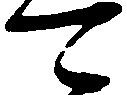
可